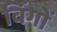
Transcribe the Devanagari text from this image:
विंगों